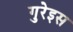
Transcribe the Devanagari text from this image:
गुरेइस